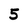
Character: 5